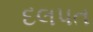
દલપત